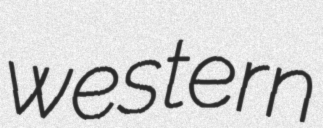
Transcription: western